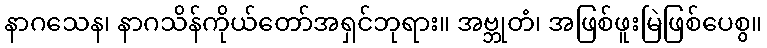
နာဂသေန၊ နာဂသိန်ကိုယ်တော်အရှင်ဘုရား။ အဗ္ဘုတံ၊ အဖြစ်ဖူးမြဲဖြစ်ပေစွ။